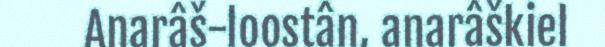
Anarâš-loostân, anarâškiel